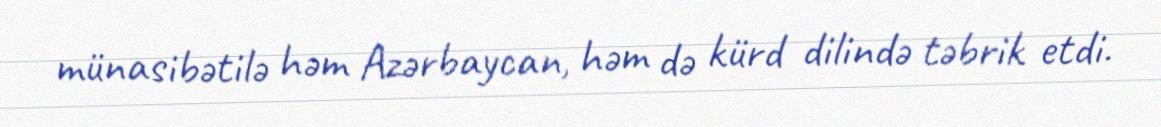
münasibətilə həm Azərbaycan, həm də kürd dilində təbrik etdi.